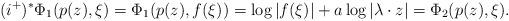
LaTeX: \begin{align*}(i^+)^*\Phi_1(p(z), \xi)=\Phi_1(p(z), f(\xi))=\log|f(\xi)|+a\log|\lambda\cdot z|=\Phi_2(p(z), \xi). \end{align*}